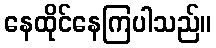
နေထိုင်နေကြပါသည်။